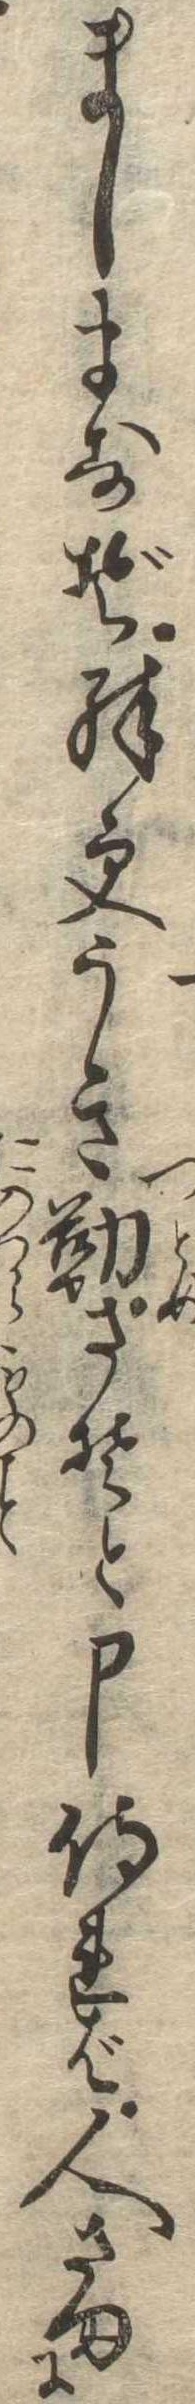
ましますぞ殊更うき勤さそと申侍れば人さまに